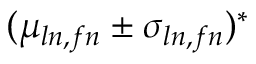
( \mu _ { l n , f n } \pm \sigma _ { l n , f n } ) ^ { * }